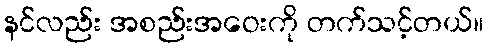
နင်လည်း အစည်းအဝေးကို တက်သင့်တယ်။